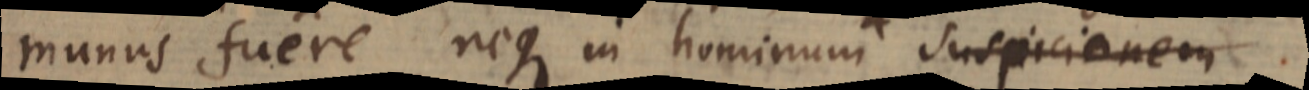
munus fuere, neque in hominum suspicionem